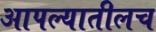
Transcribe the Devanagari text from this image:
आपल्यातीलच